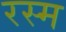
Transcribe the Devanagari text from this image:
रस्‍म